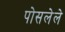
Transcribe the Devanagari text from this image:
पोसलेले